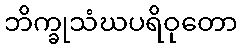
ဘိက္ခုသံဃပရိဝုတော